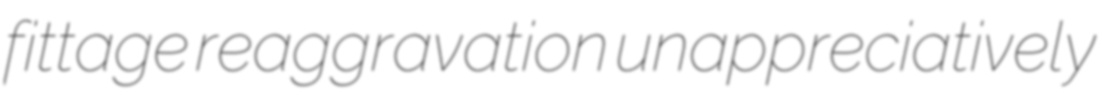
fittage reaggravation unappreciatively